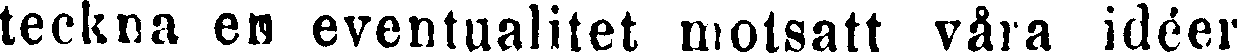
teckna en eventualitet motsatt våra idéer